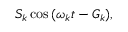
S _ { k } \cos { ( \omega _ { k } t - G _ { k } ) } ,